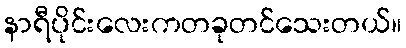
နာရီပိုင်းလေးကတခုတင်သေးတယ်။